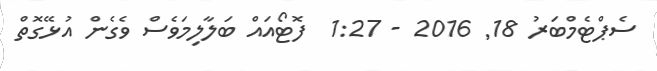
ސެޕްޓެމްބަރު 18